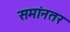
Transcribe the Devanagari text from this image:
समांनतर